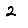
Digit: 2